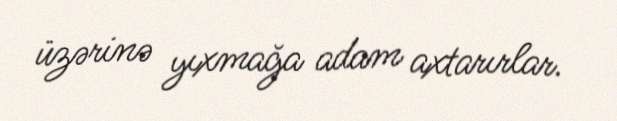
üzərinə yıxmağa adam axtarırlar.